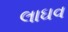
લાઘવ